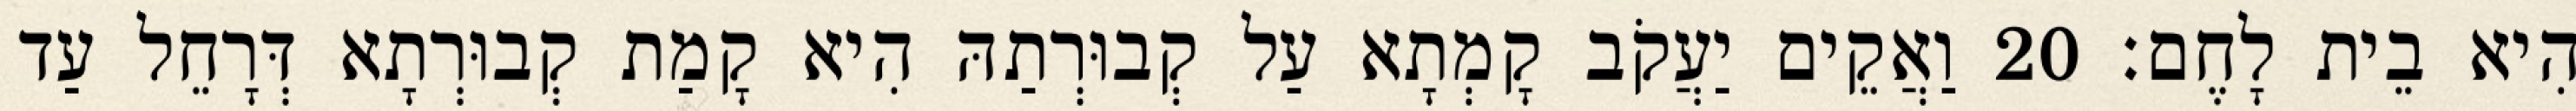
הִיא בֵית לָחֶם׃ 20 וַאֲקֵים יַעֲקֹב קָמְתָא עַל קְבוּרְתַהּ הִיא קָמַת קְבוּרְתָא דְּרָחֵל עַד